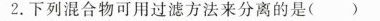
2.下列混合物可用过滤方法来分离的是()